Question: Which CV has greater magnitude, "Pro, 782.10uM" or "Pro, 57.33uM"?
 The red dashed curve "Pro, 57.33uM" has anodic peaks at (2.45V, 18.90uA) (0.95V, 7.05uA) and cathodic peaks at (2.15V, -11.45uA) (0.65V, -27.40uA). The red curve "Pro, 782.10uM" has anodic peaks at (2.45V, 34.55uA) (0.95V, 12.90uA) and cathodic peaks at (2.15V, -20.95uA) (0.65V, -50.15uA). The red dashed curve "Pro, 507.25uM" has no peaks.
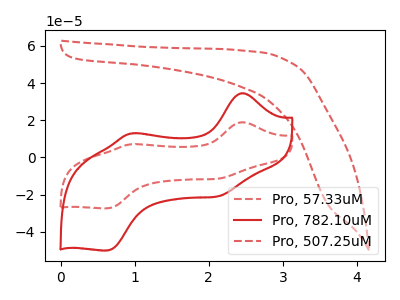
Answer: <think>All the peaks in "Pro, 782.10uM" have a peak in "Pro, 57.33uM" at the same potential. Every peak in "Pro, 782.10uM" is higher than every peak in "Pro, 57.33uM".
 </think>
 <answer>"Pro, 782.10uM" has more signal than "Pro, 57.33uM".</answer>
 <eval>more_signal</eval>